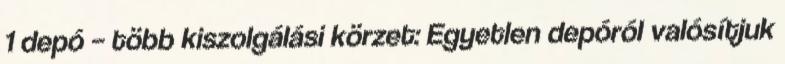
1 depó – több kiszolgálási körzet: Egyetlen depóról valósítjuk